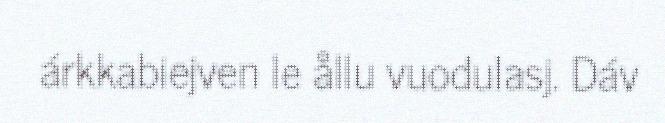
árkkabiejven le ållu vuodulasj. Dáv